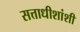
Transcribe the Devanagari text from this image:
सत्ताधीशांशी